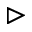
\vartriangleright